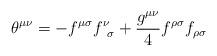
LaTeX: \begin{align*}{\theta}^{{\mu}{\nu}}=-f^{{\mu}{\sigma}}f^{\nu}_{\;\;{\sigma}}+\frac{g^{{\mu}{\nu}}}{4}f^{{\rho}{\sigma}}f_{{\rho}{\sigma}} \end{align*}